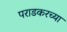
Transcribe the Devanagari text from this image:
पराडकरच्या